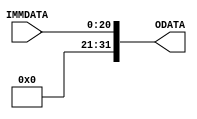
module bitExtender(
IMMDATA ,   // Immediate Data Type (Input)
ODATA       // Output Data (Output)
);

parameter DATA_WIDTH = 32;
parameter IMMDATA_WIDTH = 21;
localparam DIFF_WIDTH = DATA_WIDTH-IMMDATA_WIDTH; 

//--------------Input Ports----------------------------
input       [IMMDATA_WIDTH-1:0]     IMMDATA;

//--------------Output Ports---------------------------
output wire [DATA_WIDTH-1:0]        ODATA;

//-------------Processing Starts Here------------------

// Bit Extender Continuos Assign
assign ODATA = {{DIFF_WIDTH{1'b0}}, IMMDATA};

endmodule